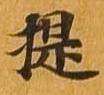
提